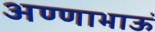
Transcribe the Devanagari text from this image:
अण्णाभाऊं